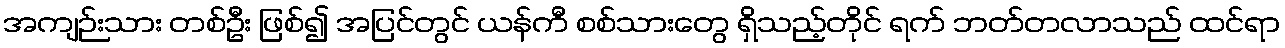
အကျဉ်းသား တစ်ဦး ဖြစ်၍ အပြင်တွင် ယန်ကီ စစ်သားတွေ ရှိသည့်တိုင် ရက် ဘတ်တလာသည် ထင်ရာ